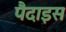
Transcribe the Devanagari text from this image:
पैदाइस